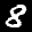
Label: 8